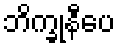
ဘိက္ခုနီပေ